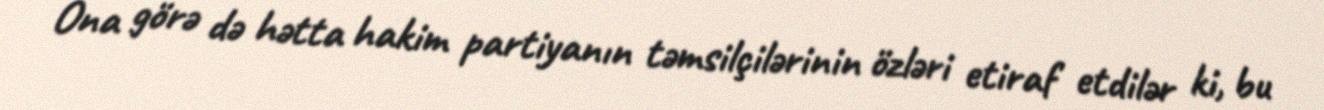
Ona görə də hətta hakim partiyanın təmsilçilərinin özləri etiraf etdilər ki, bu